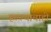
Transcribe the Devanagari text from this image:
हल्ल्याचाही